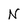
Character: N